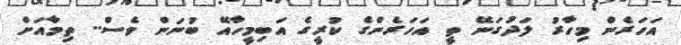
އަހަރެން މިހާރު ލަދުގަނޭ ތީ އަހަރެންގެ ކުރީގެ އަބިމީހާއޭ ބުނަން ވެސް.. ތިމާއަށް